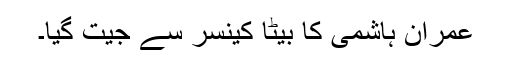
عمران ہاشمی کا بیٹا کینسر سے جیت گیا۔